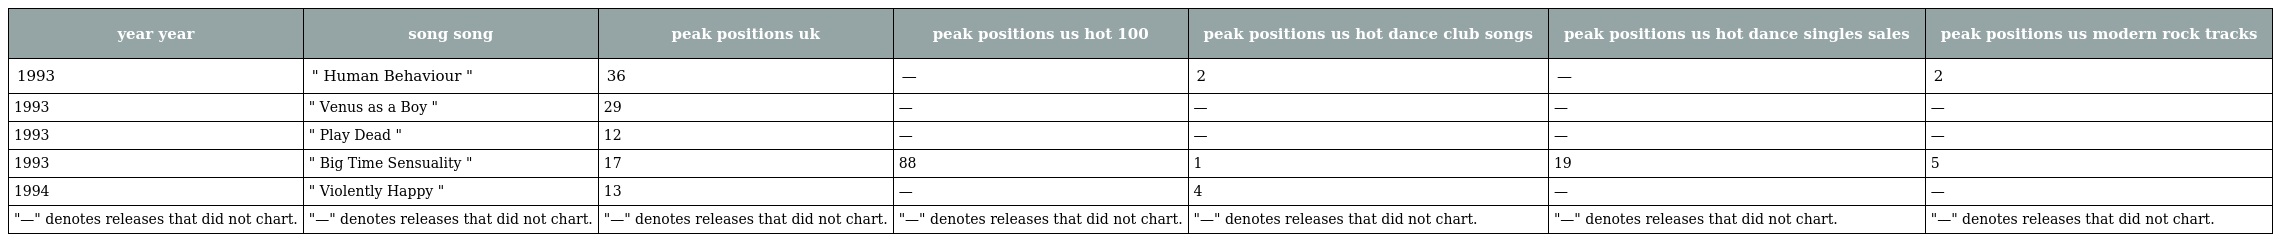
| year year | song song | peak positions uk | peak positions us hot 100 | peak positions us hot dance club songs | peak positions us hot dance singles sales | peak positions us modern rock tracks |
 | --- | --- | --- | --- | --- | --- | --- |
 | 1993 | " Human Behaviour " | 36 | — | 2 | — | 2 |
 | 1993 | " Venus as a Boy " | 29 | — | — | — | — |
 | 1993 | " Play Dead " | 12 | — | — | — | — |
 | 1993 | " Big Time Sensuality " | 17 | 88 | 1 | 19 | 5 |
 | 1994 | " Violently Happy " | 13 | — | 4 | — | — |
 | "—" denotes releases that did not chart. | "—" denotes releases that did not chart. | "—" denotes releases that did not chart. | "—" denotes releases that did not chart. | "—" denotes releases that did not chart. | "—" denotes releases that did not chart. | "—" denotes releases that did not chart. |